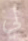
لي